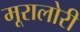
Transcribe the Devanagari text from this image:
मूरालोरी